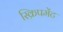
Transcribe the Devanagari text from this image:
स्क्रिपमेंट